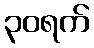
၃၀ရက်